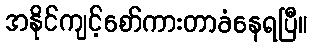
အနိုင်ကျင့်စော်ကားတာခံနေရပြီ။